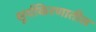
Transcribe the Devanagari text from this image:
सूर्यकिरणातील